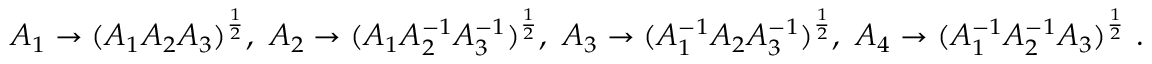
A _ { 1 } \to ( A _ { 1 } A _ { 2 } A _ { 3 } ) ^ { \frac { 1 } { 2 } } , \ A _ { 2 } \to ( A _ { 1 } A _ { 2 } ^ { - 1 } A _ { 3 } ^ { - 1 } ) ^ { \frac { 1 } { 2 } } , \ A _ { 3 } \to ( A _ { 1 } ^ { - 1 } A _ { 2 } A _ { 3 } ^ { - 1 } ) ^ { \frac { 1 } { 2 } } , \ A _ { 4 } \to ( A _ { 1 } ^ { - 1 } A _ { 2 } ^ { - 1 } A _ { 3 } ) ^ { \frac { 1 } { 2 } } ~ .